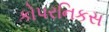
કોપરનિકસ